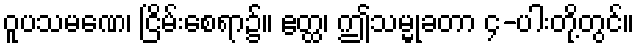
ဝူပသမဏေ၊ ငြိမ်းစေရာ၌။ ဧတ္ထ၊ ဤသမ္မုခတာ ၄-ပါးတို့တွင်။